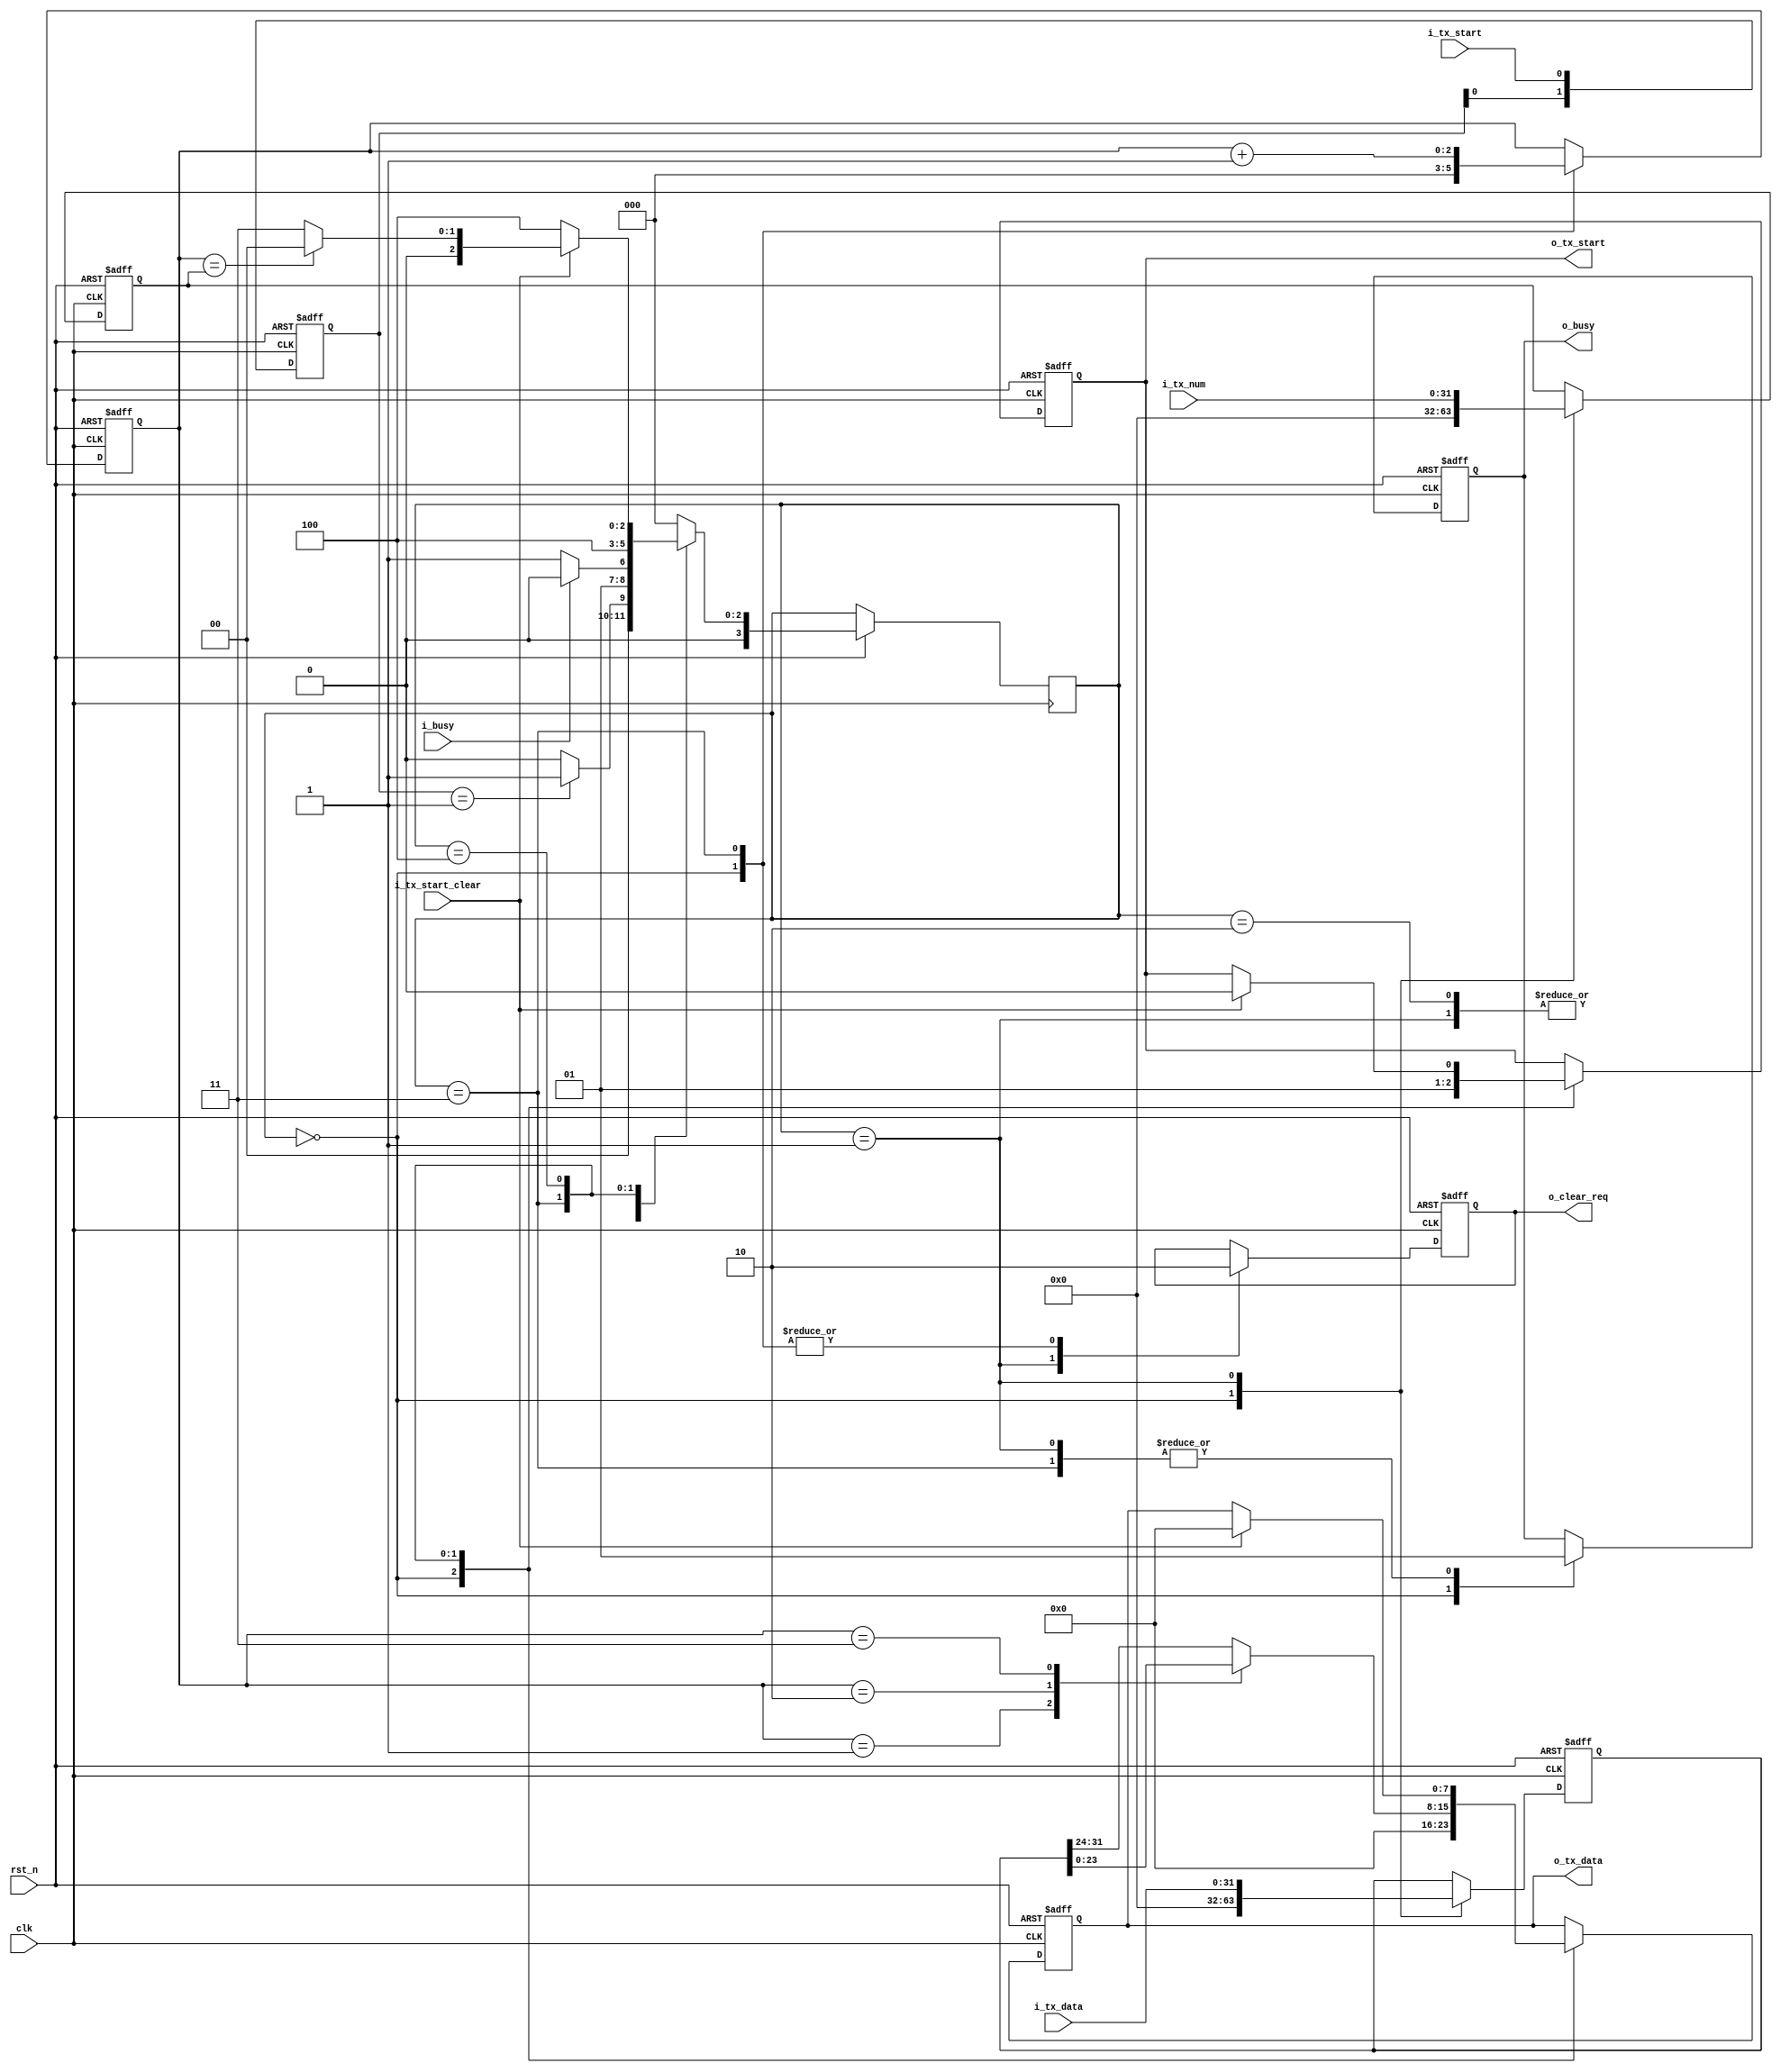
module uart_tx_fifo(
  input wire        rst_n,
  input wire        clk,
  output reg [7:0]  o_tx_data,
  input wire [31:0] i_tx_data,
  input wire [31:0] i_tx_num,
  input wire        i_tx_start_clear,
  output reg        o_clear_req,
  output reg        o_tx_start,
  input wire        i_tx_start,
  input wire        i_busy,
  output reg        o_busy
);

  parameter WAIT         = 4'd0;
  parameter READ         = 4'd1;
  parameter WAIT_TO_SEND = 4'd2;
  parameter SEND         = 4'd3;
  parameter WAIT_READ    = 4'd4;

  reg [3:0] state, next_state;
  reg [1:0] detect_posedge_start;
  reg [31:0] tx_buffer, tx_num_buffer;
  reg [2:0] send_cnt;

  always @(posedge clk or negedge rst_n)begin
    if(!rst_n) 
      detect_posedge_start <= 2'b00;
    else 
      detect_posedge_start <= {detect_posedge_start[0], i_tx_start};
  end

  always @(posedge clk or negedge rst_n) begin
    if(!rst_n) begin
        send_cnt <= 3'd0;
        o_tx_start <= 1'b0;
        o_busy <= 1'b0;
        o_clear_req <= 1'b0;
        tx_buffer <= 32'h00000000;
        tx_num_buffer <= 32'h00000000;
        o_tx_data <= 32'h00000000;
    end else begin
      state <= next_state;
      case(state)
        WAIT:begin
            o_busy <= 1'b0;
            o_clear_req <= 1'b0;
            send_cnt <= 3'd0;
            o_tx_start <= 1'b0;
            tx_buffer <= 32'h00000000;
            tx_num_buffer <= 32'h00000000;
            o_tx_data <= 32'h00000000;
        end
        READ:begin
            o_busy <= 1'b1;
            o_clear_req <= 1'b1;
            tx_buffer <= i_tx_data;
            tx_num_buffer <= i_tx_num;
        end
        SEND:begin
            o_clear_req <= 1'b0;
            o_busy <= 1'b1;
            send_cnt <= send_cnt + 3'd1;
            case(send_cnt)
                3'd0: o_tx_data <= tx_buffer[31:24];
                3'd1: o_tx_data <= tx_buffer[23:16];
                3'd2: o_tx_data <= tx_buffer[15:8];
                3'd3: o_tx_data <= tx_buffer[7:0];
                default: o_tx_data <= tx_buffer[31:24];
            endcase
            o_tx_start <= 1'b1;
        end
        WAIT_READ:begin
            if(i_tx_start_clear) begin
                o_tx_data <= 32'h00000000;
                o_tx_start <= 1'b0;
            end
        end
      endcase
    end
  end

  always @(*) begin
    case(state)
      WAIT:
        if(detect_posedge_start == 2'b01)
                next_state = READ;
        else    next_state = WAIT;
      READ:     
        if(!i_busy)
                next_state = SEND;
        else    next_state = WAIT_TO_SEND;
      WAIT_TO_SEND:
        if(!i_busy)
                next_state = SEND;
        else    next_state = WAIT_TO_SEND;
      SEND:     next_state = WAIT_READ;
      WAIT_READ:
        if(i_tx_start_clear)
            if(send_cnt == tx_num_buffer)
                next_state = WAIT;
            else
                next_state = SEND;
        else    next_state = WAIT_READ;
      default:  next_state = WAIT;
    endcase
  end

endmodule